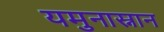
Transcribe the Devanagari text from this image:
यमुनास्नान